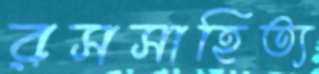
রসসাহিত্য